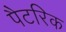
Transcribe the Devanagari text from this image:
पैटरिक